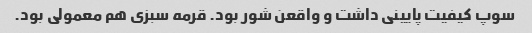
سوپ کیفیت پایینی داشت و واقعن شور بود. قرمه سبزی هم معمولی بود.